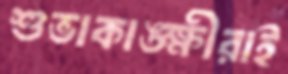
শুভাকাঙ্ক্ষীরাই